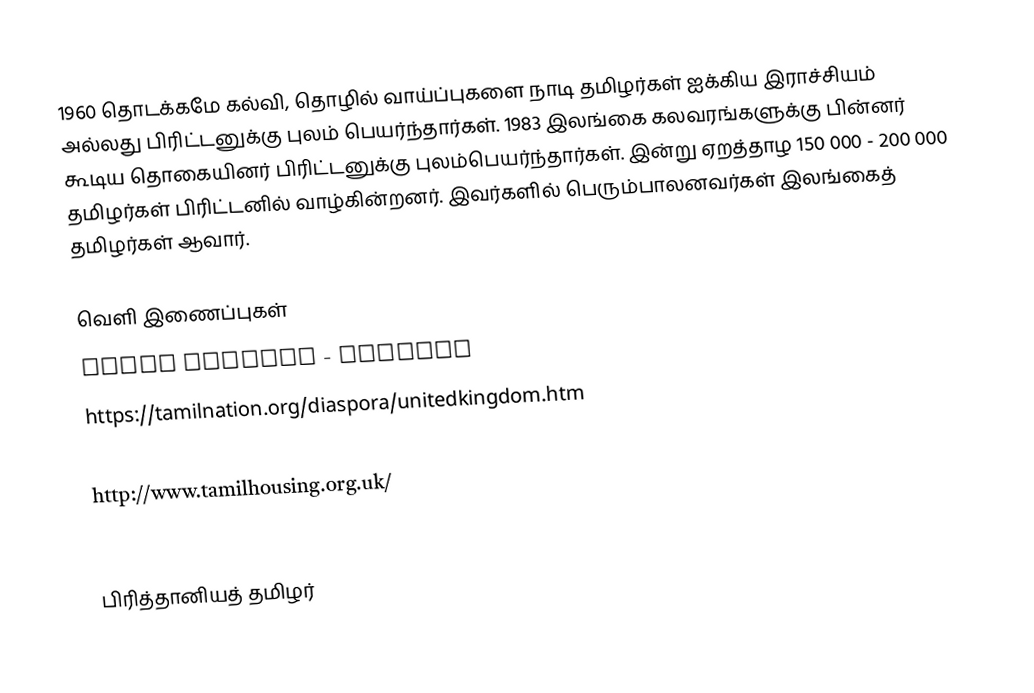
1960 தொடக்கமே கல்வி, தொழில் வாய்ப்புகளை நாடி தமிழர்கள் ஐக்கிய இராச்சியம் அல்லது பிரிட்டனுக்கு புலம் பெயர்ந்தார்கள்.  1983 இலங்கை கலவரங்களுக்கு பின்னர் கூடிய தொகையினர் பிரிட்டனுக்கு புலம்பெயர்ந்தார்கள்.  இன்று ஏறத்தாழ 150 000 - 200 000 தமிழர்கள் பிரிட்டனில் வாழ்கின்றனர்.  இவர்களில் பெரும்பாலனவர்கள் இலங்கைத் தமிழர்கள் ஆவார்.

வெளி இணைப்புகள்
 Tamil Culture - Britain
 https://tamilnation.org/diaspora/unitedkingdom.htm
 http://www.uktamilnews.com/
 http://www.tamilhousing.org.uk/
 British Tamil Forum

பிரித்தானியத் தமிழர்